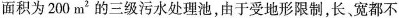
面积为200m^{2}的三级污水处理池，由于受地形限制，长宽都不